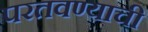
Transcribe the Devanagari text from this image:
परतवण्याची